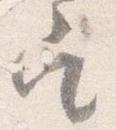
定